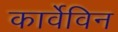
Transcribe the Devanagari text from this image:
कार्वेविन